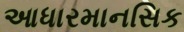
આધારમાનસિક